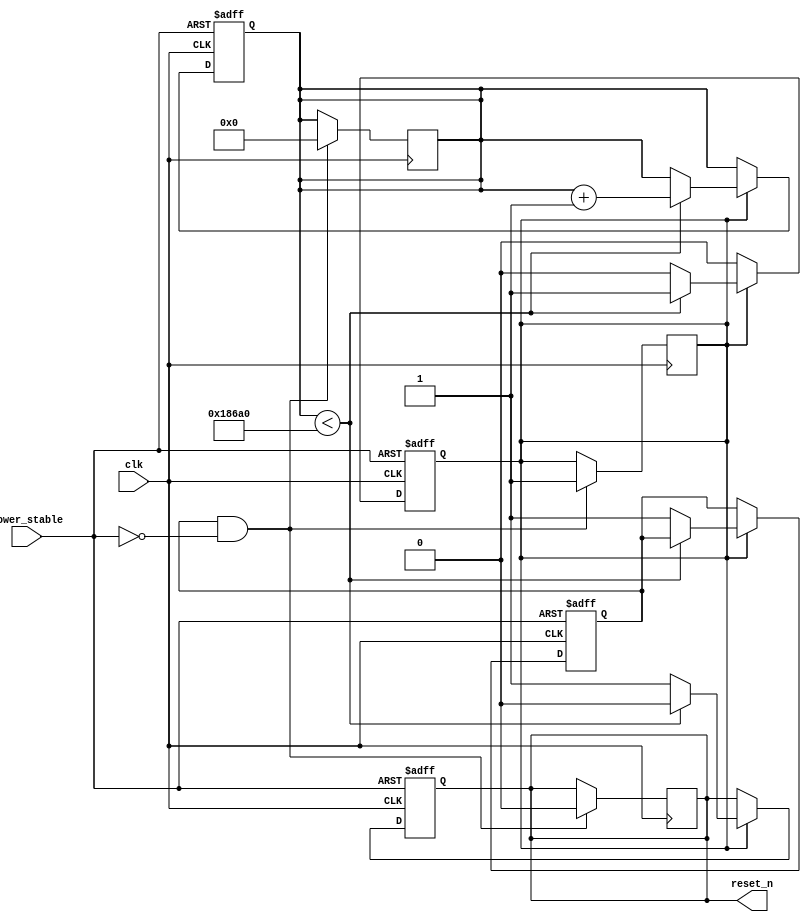
module power_on_reset (
    input wire clk,          // System clock
    input wire power_stable, // Power stability indicator
    output reg reset_n       // Active low reset signal
);

// Parameters
parameter RESET_DURATION = 100_000; // Duration of reset in clock cycles (adjust as needed)
parameter RESET_THRESHOLD = 1;       // Minimum power stable threshold level

// State variables
reg [31:0] counter;                   // Counter for reset duration
reg power_detected;                   // Flag to indicate power detection
reg por_active;                       // Flag indicating if POR is active

// Initial values
initial begin
    reset_n = 1'b1; // Active low reset is high (inactive)
    counter = 0;
    power_detected = 1'b0;
    por_active = 1'b0;
end

// Power detection and reset signal generation
always @(posedge clk or negedge power_stable) begin
    if (~power_stable) begin
        // Power is unstable, initiate reset
        reset_n <= 1'b0; // Assert reset
        counter <= 0;    // Reset counter
        por_active <= 1'b1; // Set POR active
        power_detected <= 1'b0; // Reset power detection flag
    end else if (por_active) begin
        // Power is stable, check duration
        if (counter < RESET_DURATION) begin
            counter <= counter + 1; // Increment counter
            reset_n <= 1'b0; // Keep reset asserted
        end else begin
            reset_n <= 1'b1; // Deassert reset
            por_active <= 1'b0; // Reset active state
            power_detected <= 1'b1; // Power is detected
        end
    end
end

// Optional debouncing logic (if unstable power supply is expected)
always @(posedge clk) begin
    if (power_detected && !power_stable) begin
        // If power is detected stable but then goes unstable again
        reset_n <= 1'b0; // Assert reset
        counter <= 0;    // Reset counter
        por_active <= 1'b1; // Set POR active
    end
end

endmodule